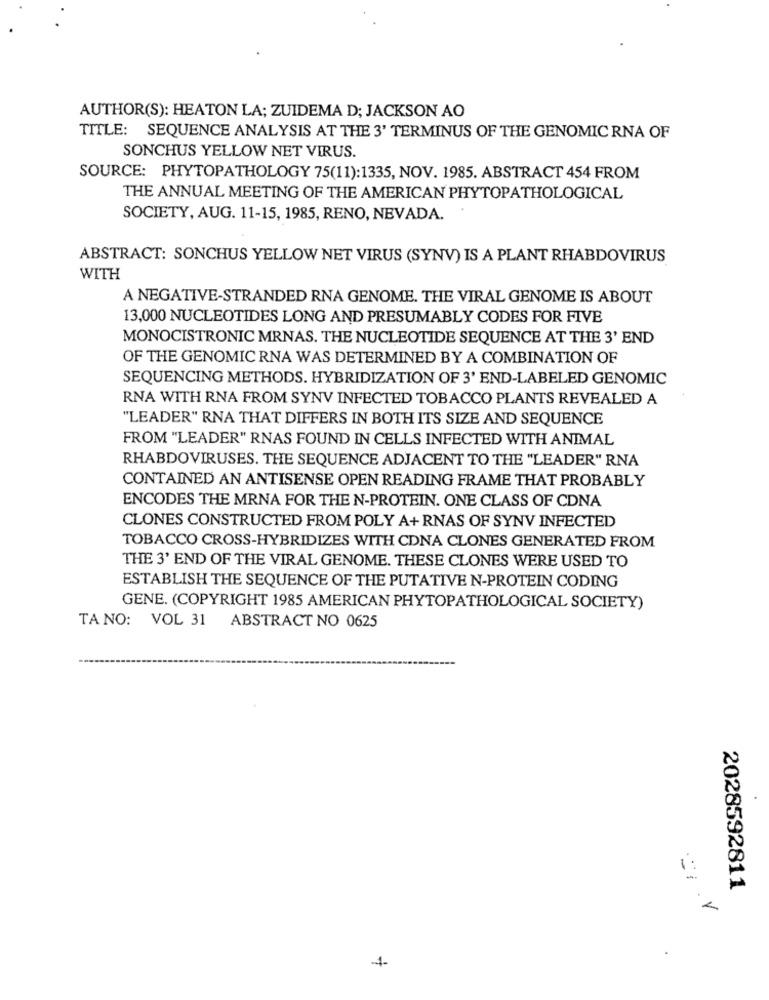
AUTHOR(S): HEATON LA; ZUIDEMA D; JACKSON AO
TITLE: SEQUENCE ANALYSIS AT THE 3' TERMINUS OF THE GENOMIC RNA OF
SONCHUS YELLOW NET VIRUS.
SOURCE: PHYTOPATHOLOGY 75(11):1335, NOV. 1985. ABSTRACT 454 FROM
THE ANNUAL MEETING OF THE AMERICAN PHYTOPATHOLOGICAL
SOCIETY, AUG. 11-15, 1985, RENO, NEVADA.
ABSTRACT: SONCHUS YELLOW NET VIRUS (SYNV) IS A PLANT RHABDOVIRUS
WITH
A NEGATIVE-STRANDED RNA GENOME. THE VIRAL GENOME IS ABOUT
13,000 NUCLEOTIDES LONG AND PRESUMABLY CODES FOR FIVE
MONOCISTRONIC MRNAS. THE NUCLEOTIDE SEQUENCE AT THE 3' END
OF THE GENOMIC RNA WAS DETERMINED BY A COMBINATION OF
SEQUENCING METHODS. HYBRIDIZATION OF 3' END-LABELED GENOMIC
RNA WITH RNA FROM SYNV INFECTED TOBACCO PLANTS REVEALED A
"LEADER" RNA THAT DIFFERS IN BOTH ITS SIZE AND SEQUENCE
FROM "LEADER" RNAS FOUND IN CELLS INFECTED WITH ANIMAL
RHABDOVIRUSES. THE SEQUENCE ADJACENT TO THE "LEADER" RNA
CONTAINED AN ANTISENSE OPEN READING FRAME THAT PROBABLY
ENCODES THE MRNA FOR THE N-PROTEIN. ONE CLASS OF CDNA
CLONES CONSTRUCTED FROM POLY A+RNAS OF SYNV INFECTED
TOBACCO CROSS-HYBRIDIZES WITH CDNA CLONES GENERATED FROM
THE 3' END OF THE VIRAL GENOME. THESE CLONES WERE USED TO
ESTABLISH THE SEQUENCE OF THE PUTATIVE N-PROTEIN CODING
GENE. (COPYRIGHT 1985 AMERICAN PHYTOPATHOLOGICAL SOCIETY)
TA NO: VOL 31
ABSTRACT NO 0625
2028592811
.
4-